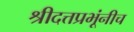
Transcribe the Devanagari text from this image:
श्रीदत्तप्रभूंनीच